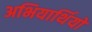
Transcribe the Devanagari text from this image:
अभियार्थियो